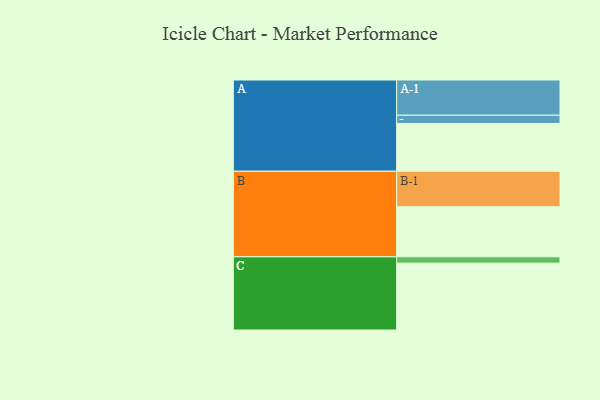
{"axis": {"x": "Segment", "y": "Value"}, "legend": ["", "A", "B", "C"], "data": [{"x": "A", "y": 376, "type": ""}, {"x": "B", "y": 394, "type": ""}, {"x": "C", "y": 526, "type": ""}, {"x": "A-1", "y": 277, "type": "A"}, {"x": "A-2", "y": 65, "type": "A"}, {"x": "B-1", "y": 279, "type": "B"}, {"x": "C-1", "y": 50, "type": "C"}]}